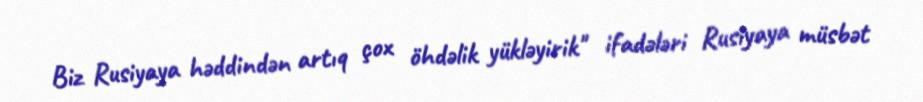
Biz Rusiyaya həddindən artıq çox öhdəlik yükləyirik" ifadələri Rusiyaya müsbət